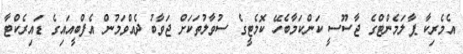
އެމެރިކާ ޕާލަމެންޓްގެ ޖާސޫސީ ކަންކަމާބެހޭ ކޮމެޓީގެ ސުވާލުތަކަށް ޖަވާބު ދެއްވަމުން އެފްބީއައިގެ ޑައިރެކްޓާ